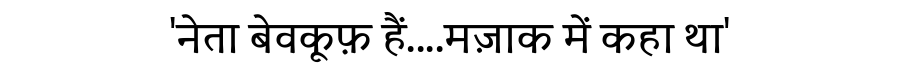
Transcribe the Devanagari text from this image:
'नेता बेवकूफ़ हैं....मज़ाक में कहा था'